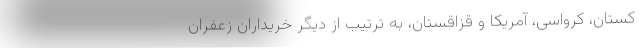
کستان، کرواسی، آمریکا و قزاقستان، به ترتیب از دیگر خریداران زعفران